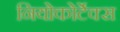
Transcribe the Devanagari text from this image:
नियोकोर्टेक्स